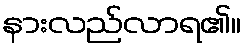
နားလည်လာရ၏။